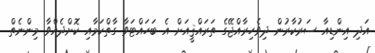
އަދި އިންޑިއާ ސަރުކާރުން ދިވެހިރާއްޖޭގެ ތަރައްޤީއަށް އެ ބަހައްޓަވާ ގާތްކަމާއި ކޮށްދެއްވާ މިންނެތް